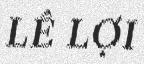
LÊ LỢI